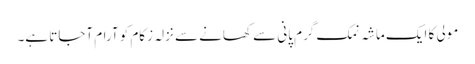
مولی کا ایک ماشہ نمک گرم پانی سے کھانے سے نزلہ زکام کو آرام آجاتا ہے۔